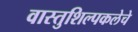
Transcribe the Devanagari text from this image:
वास्तुशिल्पकलेचे